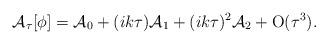
LaTeX: \begin{align*}\mathcal{A}_{\tau}[\phi] &= \mathcal{A}_{0} + (ik\tau)\mathcal{A}_{1} + (ik\tau)^{2}\mathcal{A}_{2} + \mathrm{O}(\tau^{3}). \end{align*}